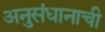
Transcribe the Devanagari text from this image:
अनुसंधानाची